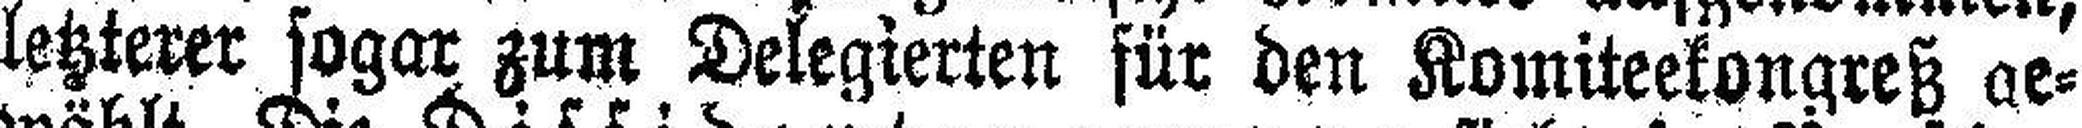
letzterer sogar zum Delegierten für den Komiteekongreß ae¬